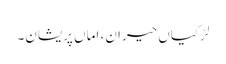
لڑکیاں حیران، اماں پریشان۔